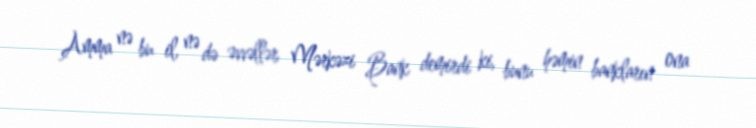
Amma nə bu il, nə də əvvəllər Mərkəzi Bank demirdi ki, bunu həmin bankların ona